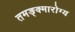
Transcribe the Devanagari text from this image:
तमङ्क्मारोग्य